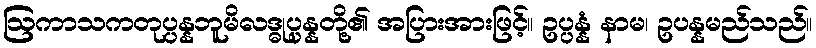
ဩကာသကတုပ္ပန္နဘူမိလဒ္ဓုပ္ပန္နတို့၏ အပြားအားဖြင့်။ ဥပ္ပန္နံ နာမ၊ ဥပန္နမည်သည်။